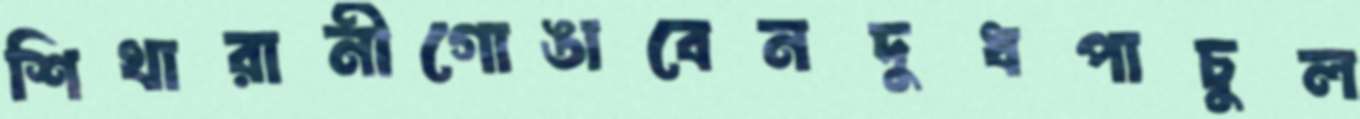
শিখারানীগোঙাবেনদুধপাচুল